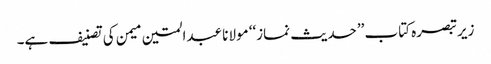
زیرتبصرہ کتاب ’’حدیث نماز‘‘ مولانا عبدالمتین میمن کی تصنیف ہے۔